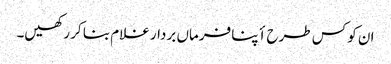
ان کو کس طرح أپنا فرماں بردار غلام بنا کر رکھیں۔